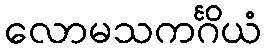
လောမသကင်္ဂိယံ